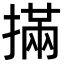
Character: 㨺